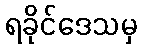
ရခိုင်ဒေသမှ